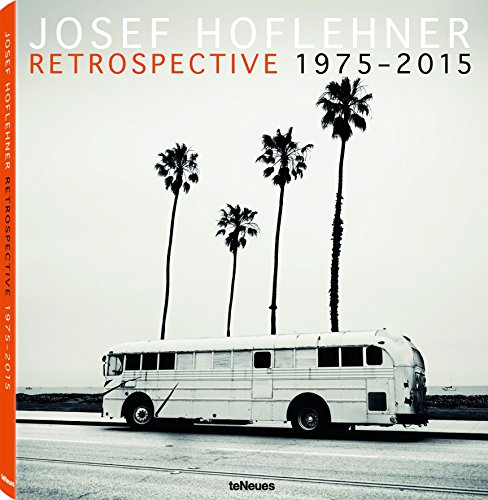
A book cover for Josef Hoflehner Retrospective 1975-2015; Arts & Photography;